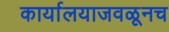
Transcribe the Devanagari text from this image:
कार्यालयाजवळूनच